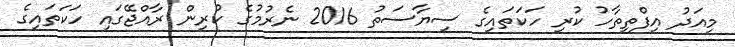
މިއަދު އިފްތިތާހު ކުރި ހަކަތައިގެ ސިޔާސަތު 2016 ނެރުމުގެ ކުރިން ރާއްޖޭގައި ހަކަތައިގެ